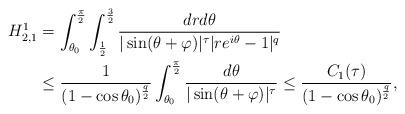
LaTeX: \begin{align*}H_{2,1}^1 & =\int_{\theta_{0}}^{\frac{\pi}{2}}\int_{\frac{1}{2}}^{\frac{3}{2}}\frac{dr d\theta}{|\sin(\theta+\varphi)|^{\tau}|re^{i\theta}-1|^{q}}\\& \leq \frac{1}{(1-\cos\theta_{0})^{\frac{q}{2}}}\int_{\theta_{0}}^{\frac{\pi}{2}}\frac{ d\theta}{|\sin(\theta+\varphi)|^{\tau}}\leq \frac{C_{1}(\tau)}{(1-\cos\theta_{0})^{\frac{q}{2}}},\end{align*}